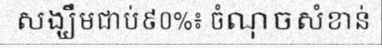
សង្ឃឹមជាប់៩០%៖ ចំណុចសំខាន់